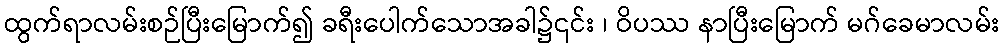
ထွက်ရာလမ်းစဉ်ပြီးမြောက်၍ ခရီးပေါက်သောအခါ၌၎င်း ၊ ဝိပဿ နာပြီးမြောက် မဂ်ခေမာလမ်း